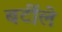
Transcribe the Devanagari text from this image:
बर्टीले